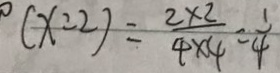
^ { 0 } ( x : 2 ) = \frac { 2 \times 2 } { 4 \times 4 } = \frac { 1 } { 4 }